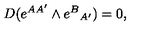
D ( e ^ { A A ^ { \prime } } \wedge e ^ { B } { } _ { A ^ { \prime } } ) = 0 ,